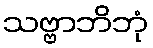
သဗ္ဗာဘိဘုံ